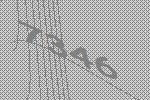
7346